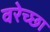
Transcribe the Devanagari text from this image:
वरेच्छा